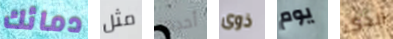
دمائك مثل أحدها ذوى يوم الذي